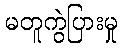
မတူကွဲပြားမှု